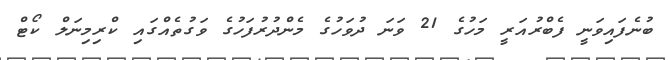
ބުނެފައިވަނީ ފެބްރުއަރީ މަހުގެ 21 ވަނަ ދުވަހުގެ މެންދުރުފަހުގެ ވަގުތެއްގައި ކްރިމިނަލް ކޯޓް